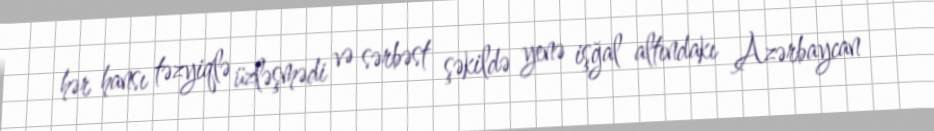
hər hansı təzyiqlə üzləşmədi və sərbəst şəkildə yenə işğal altındakı Azərbaycan